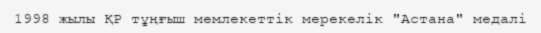
1998 жылы ҚР тұңғыш мемлекеттік мерекелік "Астана" медалі